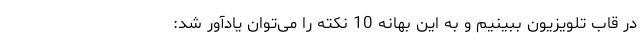
در قاب تلویزیون ببینیم و به این بهانه 10 نکته را می‌توان یادآور شد: